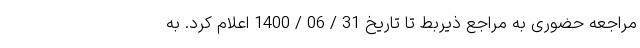
مراجعه حضوری به مراجع ذیربط تا تاریخ 31 / 06 / 1400 اعلام کرد. به